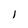
Character: l